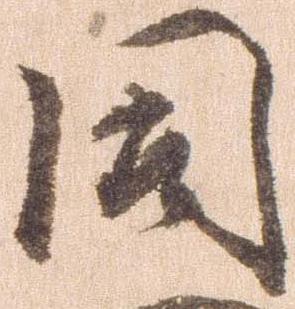
同